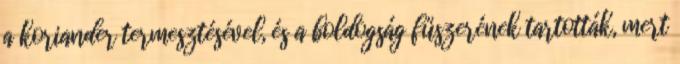
a koriander termesztésével, és a boldogság fűszerének tartották, mert